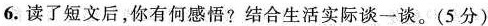
6.读了短文后，你有何感悟?结合生活实际谈一谈。(5分)